Indian journal of veterinary science and animal husbandry - Volume 6,
Year: 1936
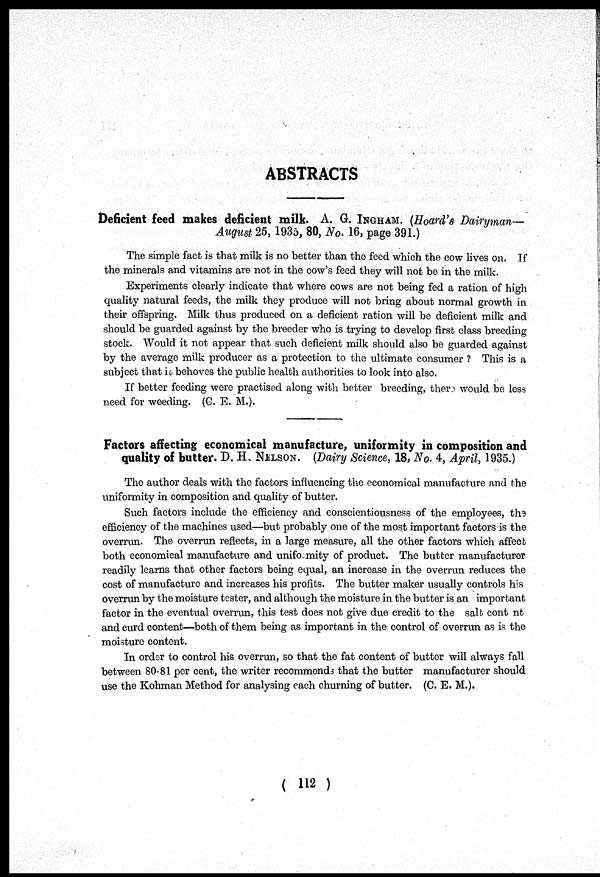
ABSTRACTS
Deficient feed makes deficient milk. A. G. INGHAM. (Hoard's Dairyman—
August 25, 1935, 80, No. 16, page 391.)
The simple fact is that milk is no better than the feed which the cow lives on. If
the minerals and vitamins are not in the cow's feed they will not be in the milk.
Experiments clearly indicate that where cows are not being fed a ration of high
quality natural feeds, the milk they produce will not bring about normal growth in
their offspring. Milk thus produced on a deficient ration will be deficient milk and
should be guarded against by the breeder who is trying to develop first class breeding
stock. Would it not appear that such deficient milk should also be guarded against
by the average milk producer as a protection to the ultimate consumer ? This is a
subject that is behoves the public health authorities to look into also.
If better feeding were practised along with better breeding, there would be less
need for weeding. (G. E. M.).
Factors affecting economical manufacture, uniformity in composition and
quality of butter. D. H, NELSON. (Dairy Science, 18, No. 4, April, 1935.)
The author deals with the factors influencing the economical manufacture and the
uniformity in composition and quality of butter.
Such factors include the efficiency and conscientiousness of the employees, the
efficiency of the machines used—but probably one of the most important factors is the
overrun. The overrun reflects, in a large measure, all the other factors which affect
both economical manufacture and uniformity of product. The butter manufacturer
readily learns that other factors being equal, an increase in the overrun reduces the
cost of manufacture and increases his profits. The butter maker usually controls his
overrun by the moisture tester, and although the moisture in the butter is an important
factor in the eventual overrun, this test does not give due credit to the salt cont nt
and curd content—both of them being as important in the control of overrun as is the
moisture content.
In order to control his overrun, so that the fat content of butter will always fall
between 80-81 per cent, the writer recommends that the butter manufacturer should
use the Kohman Method for analysing each churning of butter. (C. E. M.).
( 112 )